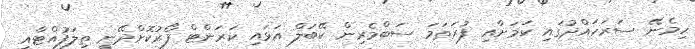
ހިމެނޭ ސަރަހައްދުގައި ކަމަށާއި ފުރަތަމަ ސަބްމެރިން ކޭބަލް އަޅައި ކަރަންޓް ފޯރުކޮށްދޭނީ ތިލަފުއްޓާއި